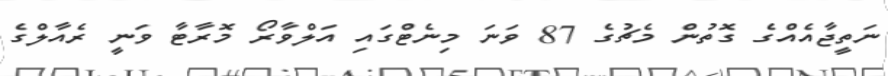
ނަތީޖާއެއްގެ ގޮތުން މެޗުގެ 87 ވަނަ މިނެޓްގައި އަލްވާރޯ މޮރާޓާ ވަނީ ރެއާލްގެ